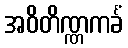
အဝိတိဏ္ဏကင်္ခံ